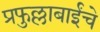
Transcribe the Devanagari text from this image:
प्रफुल्लाबाईंचे